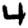
Digit: 4